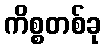
ကိစ္စတစ်ခု